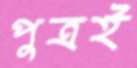
পুত্রই